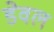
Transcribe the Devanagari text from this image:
डेवल